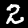
Label: 2